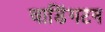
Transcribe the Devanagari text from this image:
वाडिंगटन